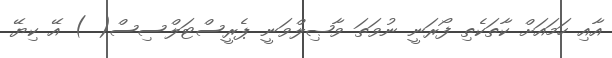
އާއި ހަމައަށް ކާތަކެތި ފޯރަނީ ނުވަތަ ވާޞިލްވަނީ ޕެރީސްޓަލްސިސް( ) އޭ ކިޔޭ